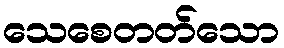
သေစေတတ်သော